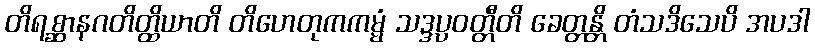
တိရစ္ဆာနဂတိတ္ထိယာတိ တိဟေတုကကမ္မံ သဒ္ဒပ္ပဝတ္တီတိ ခေတ္တန္တိ တံသဒိသေပိ အပဒါ